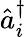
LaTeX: \hat{a}_{i}^{\dagger}